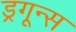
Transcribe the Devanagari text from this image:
ड्रगून्स